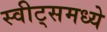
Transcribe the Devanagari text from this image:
स्वीट्‌समध्ये